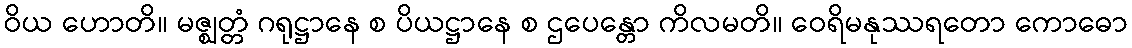
ဝိယ ဟောတိ။ မဇ္ဈတ္တံ ဂရုဋ္ဌာနေ စ ပိယဋ္ဌာနေ စ ဌပေန္တော ကိလမတိ။ ဝေရိမနုဿရတော ကောဓော